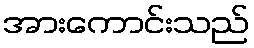
အားကောင်းသည်